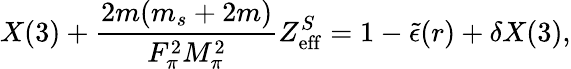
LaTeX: X(3)+\frac{2m(m_{s}+2m)}{F_{\pi}^{2}M_{\pi}^{2}}Z_{\mathrm{eff}}^{S}=1-\tilde{\epsilon}(r)+\delta X(3),